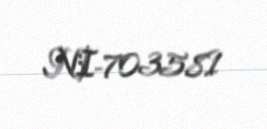
NI-703581